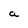
Character: a